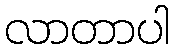
လာတာပါ